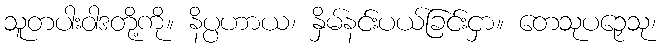
သူတပါးဝါဒတို့ကို။ နိပ္ပဟာယ၊ နှိမ်နင်းပယ်ခြင်းငှာ။ တေသုပဉှေသု၊